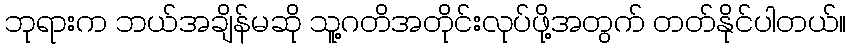
ဘုရားက ဘယ်အချိန်မဆို သူ့ဂတိအတိုင်းလုပ်ဖို့အတွက် တတ်နိုင်ပါတယ်။